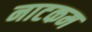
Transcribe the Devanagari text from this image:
नाटकम